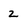
Character: 2